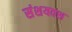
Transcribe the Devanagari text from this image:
संशयवश